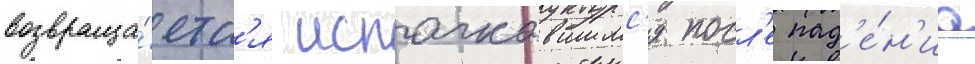
возвраща́етс'я испачкавшимс'я посл'е пад'е́н'иа